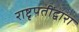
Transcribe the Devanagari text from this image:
राष्टृपतींद्वारा